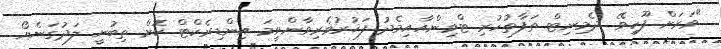
"ވަރަށް ފޫހިވޭ. ދެމިނިޓް ތަފާތުހުރި ޓްވިންއާއިމެދު ފަޚުރުވެރިވާންވީމަ އިންޑިރެކްޓް ކޮށް ތިބުނީ ލަދުގަނެޔޯ